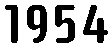
1954